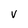
Character: V